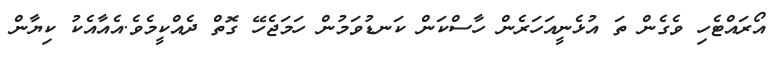
އޯރައްޓެހި ވެގެން ތަ އުޅެނީއަހަރެން ހާސްކަން ކަނޑުވަމުން ހަމަޖެހޭ ގޮތް ދެއްކީމެވެ.އެއާއެކު ކިޔާން